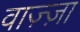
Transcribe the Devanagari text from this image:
वाज़्ज़ा